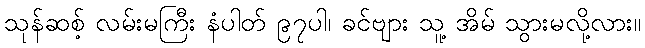
သုန်ဆစ့် လမ်းမကြီး နံပါတ် ၉၇ပါ၊ ခင်ဗျား သူ့ အိမ် သွားမလို့လား။